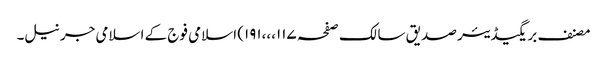
مصنف بریگیڈیئر صدیق سالک صفحہ ۱۱۷،،،۱۹۱) اسلامی فوج کے اسلامی جرنیل۔